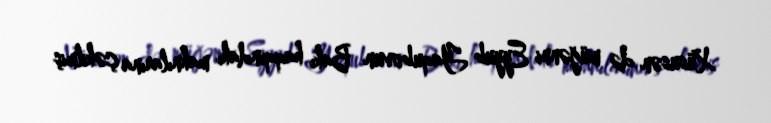
Xüsusən də müğənni Eyyub Yaqubovun Bakı haqqındakı mahnılarına çəkilmiş